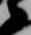
衛